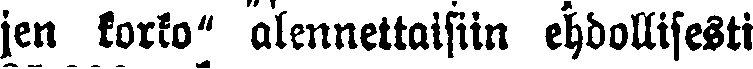
jen korko" alennettaisiin ehdollisesti